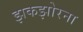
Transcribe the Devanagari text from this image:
झकझोरना